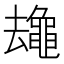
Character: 𱋻